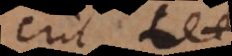
rit L